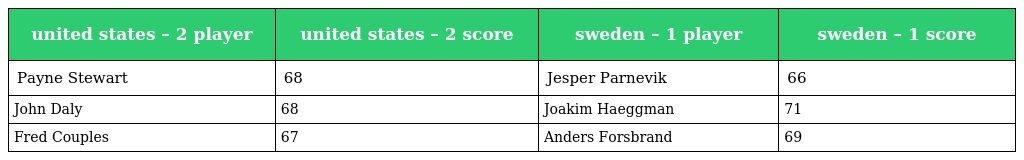
| united states – 2 player | united states – 2 score | sweden – 1 player | sweden – 1 score |
 | --- | --- | --- | --- |
 | Payne Stewart | 68 | Jesper Parnevik | 66 |
 | John Daly | 68 | Joakim Haeggman | 71 |
 | Fred Couples | 67 | Anders Forsbrand | 69 |